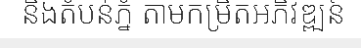
និងតំបន់ភ្នំ តាមកម្រិតអភិវឌ្ឍន៍